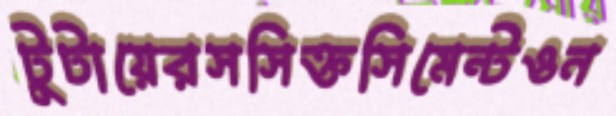
টুটায়েরসসিক্তসিমেন্টওন